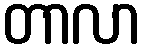
တာလာ